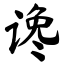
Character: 谗